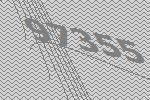
97355